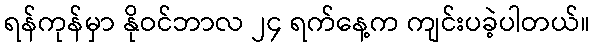
ရန်ကုန်မှာ နိုဝင်ဘာလ ၂၄ ရက်နေ့က ကျင်းပခဲ့ပါတယ်။